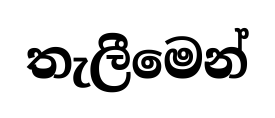
තැලීමෙන්